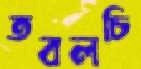
তবলচি